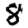
Digit: 8